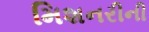
મિશનરીની